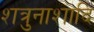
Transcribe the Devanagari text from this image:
शत्रुनाशादि